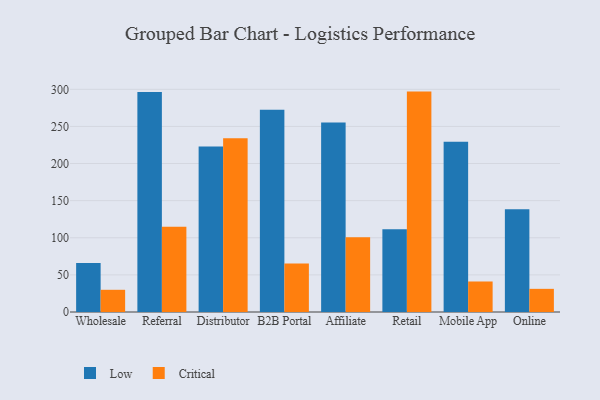
{"axis": {"x": "Channel", "y": "Shipments"}, "legend": ["Critical", "Low"], "data": [{"x": "Wholesale", "y": 66.1, "type": "Low"}, {"x": "Wholesale", "y": 29.9, "type": "Critical"}, {"x": "Referral", "y": 296.2, "type": "Low"}, {"x": "Referral", "y": 114.7, "type": "Critical"}, {"x": "Distributor", "y": 223.0, "type": "Low"}, {"x": "Distributor", "y": 233.9, "type": "Critical"}, {"x": "B2B Portal", "y": 272.5, "type": "Low"}, {"x": "B2B Portal", "y": 65.2, "type": "Critical"}, {"x": "Affiliate", "y": 255.4, "type": "Low"}, {"x": "Affiliate", "y": 100.6, "type": "Critical"}, {"x": "Retail", "y": 111.5, "type": "Low"}, {"x": "Retail", "y": 296.9, "type": "Critical"}, {"x": "Mobile App", "y": 229.2, "type": "Low"}, {"x": "Mobile App", "y": 41.1, "type": "Critical"}, {"x": "Online", "y": 138.4, "type": "Low"}, {"x": "Online", "y": 31.2, "type": "Critical"}]}